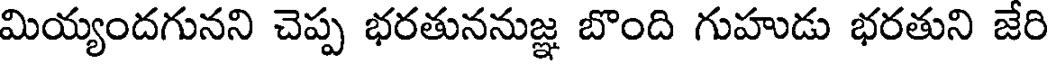
మియ్యందగునని చెప్ప భరతుననుజ్ఞ బొంది గుహుడు భరతుని జేరి